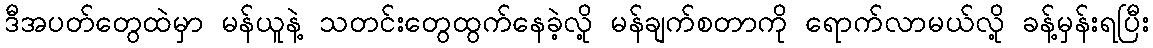
ဒီအပတ်တွေထဲမှာ မန်ယူနဲ့ သတင်းတွေထွက်နေခဲ့လို့ မန်ချက်စတာကို ရောက်လာမယ်လို့ ခန့်မှန်းရပြီး